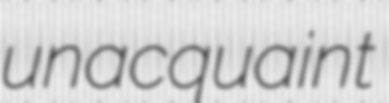
unacquaint